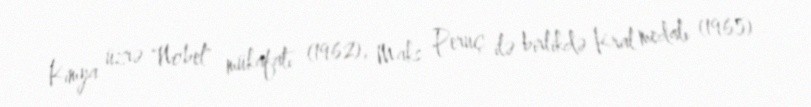
Kimya üzrə "Nobel" mükafatı (1962), Maks Peruç ilə birlikdə Kral medalı (1965)